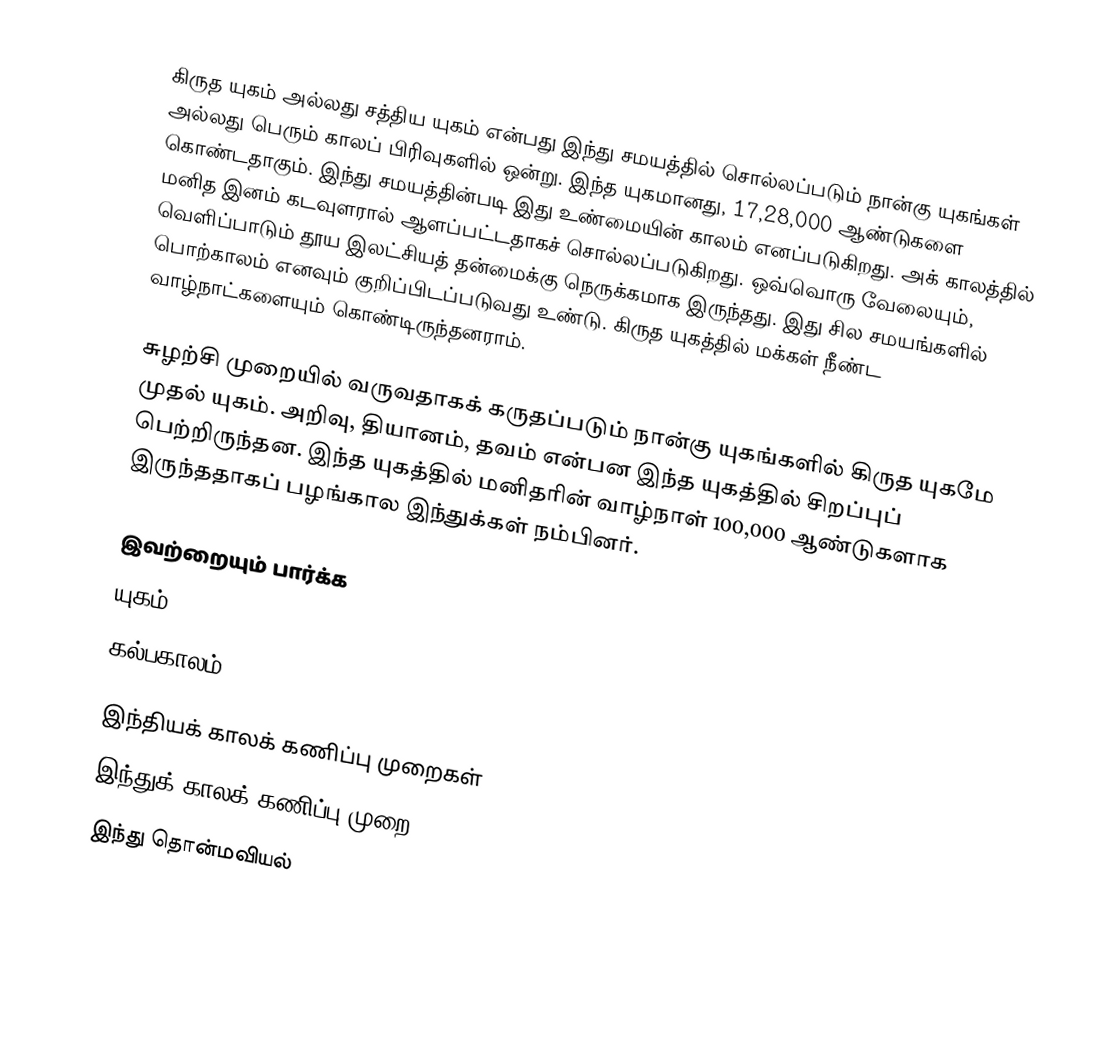
கிருத யுகம் அல்லது சத்திய யுகம் என்பது இந்து சமயத்தில் சொல்லப்படும் நான்கு யுகங்கள் அல்லது பெரும் காலப் பிரிவுகளில் ஒன்று. இந்த யுகமானது, 17,28,000 ஆண்டுகளை கொண்டதாகும். இந்து சமயத்தின்படி இது உண்மையின் காலம் எனப்படுகிறது. அக் காலத்தில் மனித இனம் கடவுளரால் ஆளப்பட்டதாகச் சொல்லப்படுகிறது. ஒவ்வொரு வேலையும், வெளிப்பாடும் தூய இலட்சியத் தன்மைக்கு நெருக்கமாக இருந்தது. இது சில சமயங்களில் பொற்காலம் எனவும் குறிப்பிடப்படுவது உண்டு. கிருத யுகத்தில் மக்கள் நீண்ட வாழ்நாட்களையும் கொண்டிருந்தனராம்.

சுழற்சி முறையில் வருவதாகக் கருதப்படும் நான்கு யுகங்களில் கிருத யுகமே முதல் யுகம். அறிவு, தியானம், தவம் என்பன இந்த யுகத்தில் சிறப்புப் பெற்றிருந்தன. இந்த யுகத்தில் மனிதரின் வாழ்நாள் 100,000 ஆண்டுகளாக இருந்ததாகப் பழங்கால இந்துக்கள் நம்பினர்.

இவற்றையும் பார்க்க
 யுகம்
 கல்பகாலம்

இந்தியக் காலக் கணிப்பு முறைகள்
இந்துக் காலக் கணிப்பு முறை
இந்து தொன்மவியல்